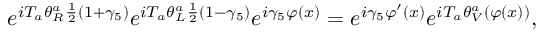
e ^ { { i T _ { a } \theta _ { R } ^ { a } \frac { 1 } { 2 } ( 1 + \gamma _ { 5 } ) } } e ^ { { i T _ { a } \theta _ { L } ^ { a } \frac { 1 } { 2 } ( 1 - \gamma _ { 5 } ) } } e ^ { i \gamma _ { 5 } \varphi ( x ) } = e ^ { i \gamma _ { 5 } \varphi ^ { \prime } ( x ) } e ^ { i T _ { a } \theta _ { V } ^ { a } ( \varphi ( x ) ) } ,